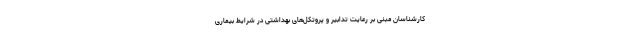
کارشناسان مبنی بر رعایت تدابیر و پروتکل‌های بهداشتی در شرایط بیماری